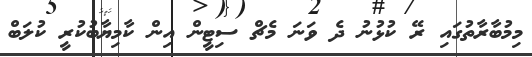
މިމުބާރާތުގައި ރޭ ކުޅުނު ދެ ވަނަ މެޗް ސިޓީން އިން ކާމިޔާބުކުރީ ކުލަބް